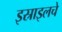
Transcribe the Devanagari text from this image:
इस्राइलचे